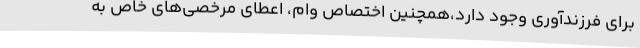
برای فرزندآوری وجود دارد،همچنین اختصاص وام، اعطای مرخصی‌های خاص به